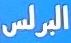
البرلس